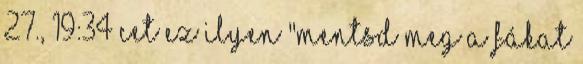
27., 19:34 CET Ez ilyen "mentsd meg a fákat